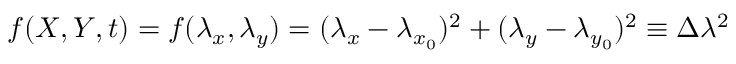
f ( X , Y , t ) = f ( \lambda _ { x } , \lambda _ { y } ) = ( \lambda _ { x } - \lambda _ { x _ { 0 } } ) ^ { 2 } + ( \lambda _ { y } - \lambda _ { y _ { 0 } } ) ^ { 2 } \equiv \Delta \lambda ^ { 2 }